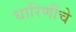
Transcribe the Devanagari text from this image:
धारिणींचे